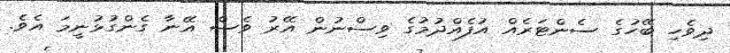
ދިވެހި ބޭހުގެ ސެންޓަރެއް އުފެއްދުމުގެ ވިސްނުން އޭރު ވެސް އޭނާ ގެންގުޅުނީމަ އެވެ.